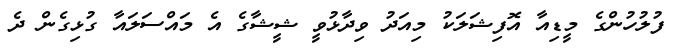
ފުލުހުންގެ މީޑިއާ އޮފިޝަލަކު މިއަދު ވިދާޅުވީ ޝީޝާގެ އެ މައްސަލައާ ގުޅިގެން ދެ